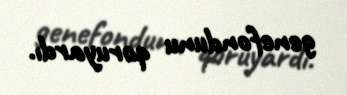
genefondunu qoruyardı.